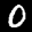
Label: 0